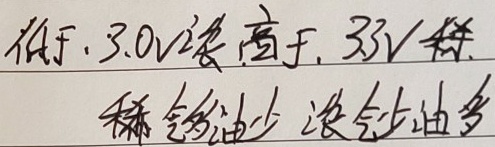
低于\(3.0V\)，高于\(3V\)。稀会少油多，浓会多油多